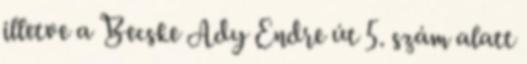
illetve a Becske Ady Endre út 5. szám alatt